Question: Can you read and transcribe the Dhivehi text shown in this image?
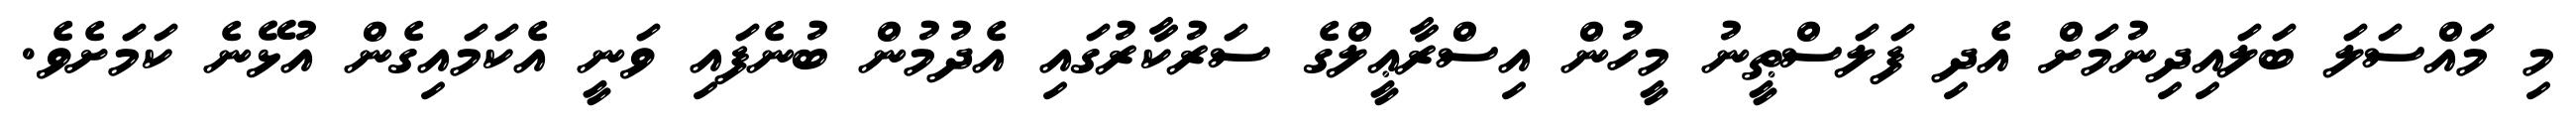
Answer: މި މައްސަލަ ބަލައިދިނުމަށް އެދި ފަލަސްޠީނު މީހުން އިސްރާޢީލްގެ ސަރުކާރުގައި އެދުމުން ބުނެފައި ވަނީ އެކަމައިގެން އުޅޭނެ ކަމަށެވެ.